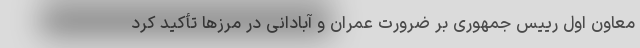
معاون اول رییس جمهوری بر ضرورت عمران و آبادانی در مرزها تأکید کرد